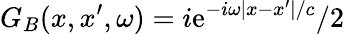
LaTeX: G_{B}(x,x^{\prime},\omega)=i\mathrm{e}^{-i\omega|x-x^{\prime}|/c}/2